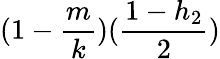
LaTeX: (1-\frac{m}{k})(\frac{1-h_{2}}{2})